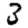
Digit: 3